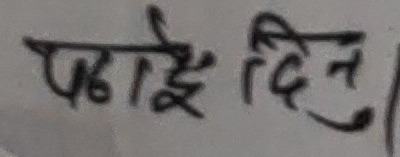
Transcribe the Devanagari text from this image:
पठाई दिनु ।